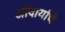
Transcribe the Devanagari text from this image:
औदार्याचे